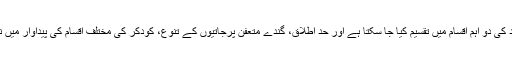
گندے ساخت الیکٹروپلاٹانگ پیچیدہ ہے، بارود غیرنامیاتی بارود کی دو اہم اقسام میں تقسیم کیا جا سکتا ہے اور حد اطلاق، گندے متعفن پرجاتیوں کے تنوع، کودکر کی مختلف اقسام کی پیداوار میں نامیاتی بارود، پانی کے معیار تبدیل کریں عددی سر تبدیلی کی ۔